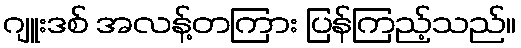
ဂျူးဒစ် အလန့်တကြား ပြန်ကြည့်သည်။